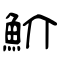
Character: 魪